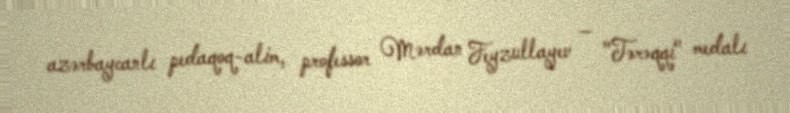
azərbaycanlı pedaqoq-alim, professor Mərdan Feyzullayev — "Tərəqqi" medalı